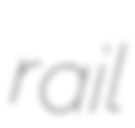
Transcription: rail